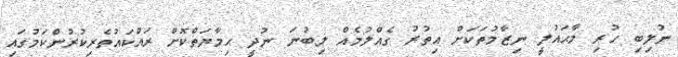
ނުލިބި ހުރި މާޙައުލީ ނިޒާމުތަކަށް އިތުރު ގެއްލުމެއް ލިބުނަ ނުދީ ޙިމާޔަތްކޮށް ރައްކައުތެރިކުރުންކަމުގައި